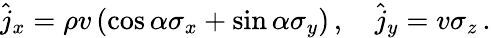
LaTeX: \hat{j}_{x}=\rho v\left(\cos\alpha\sigma_{x}+\sin\alpha\sigma_{y}\right)\, ,~~~~\hat{j}_{y}=v\sigma_{z}\, .